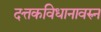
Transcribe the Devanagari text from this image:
दत्तकविधानावरुन